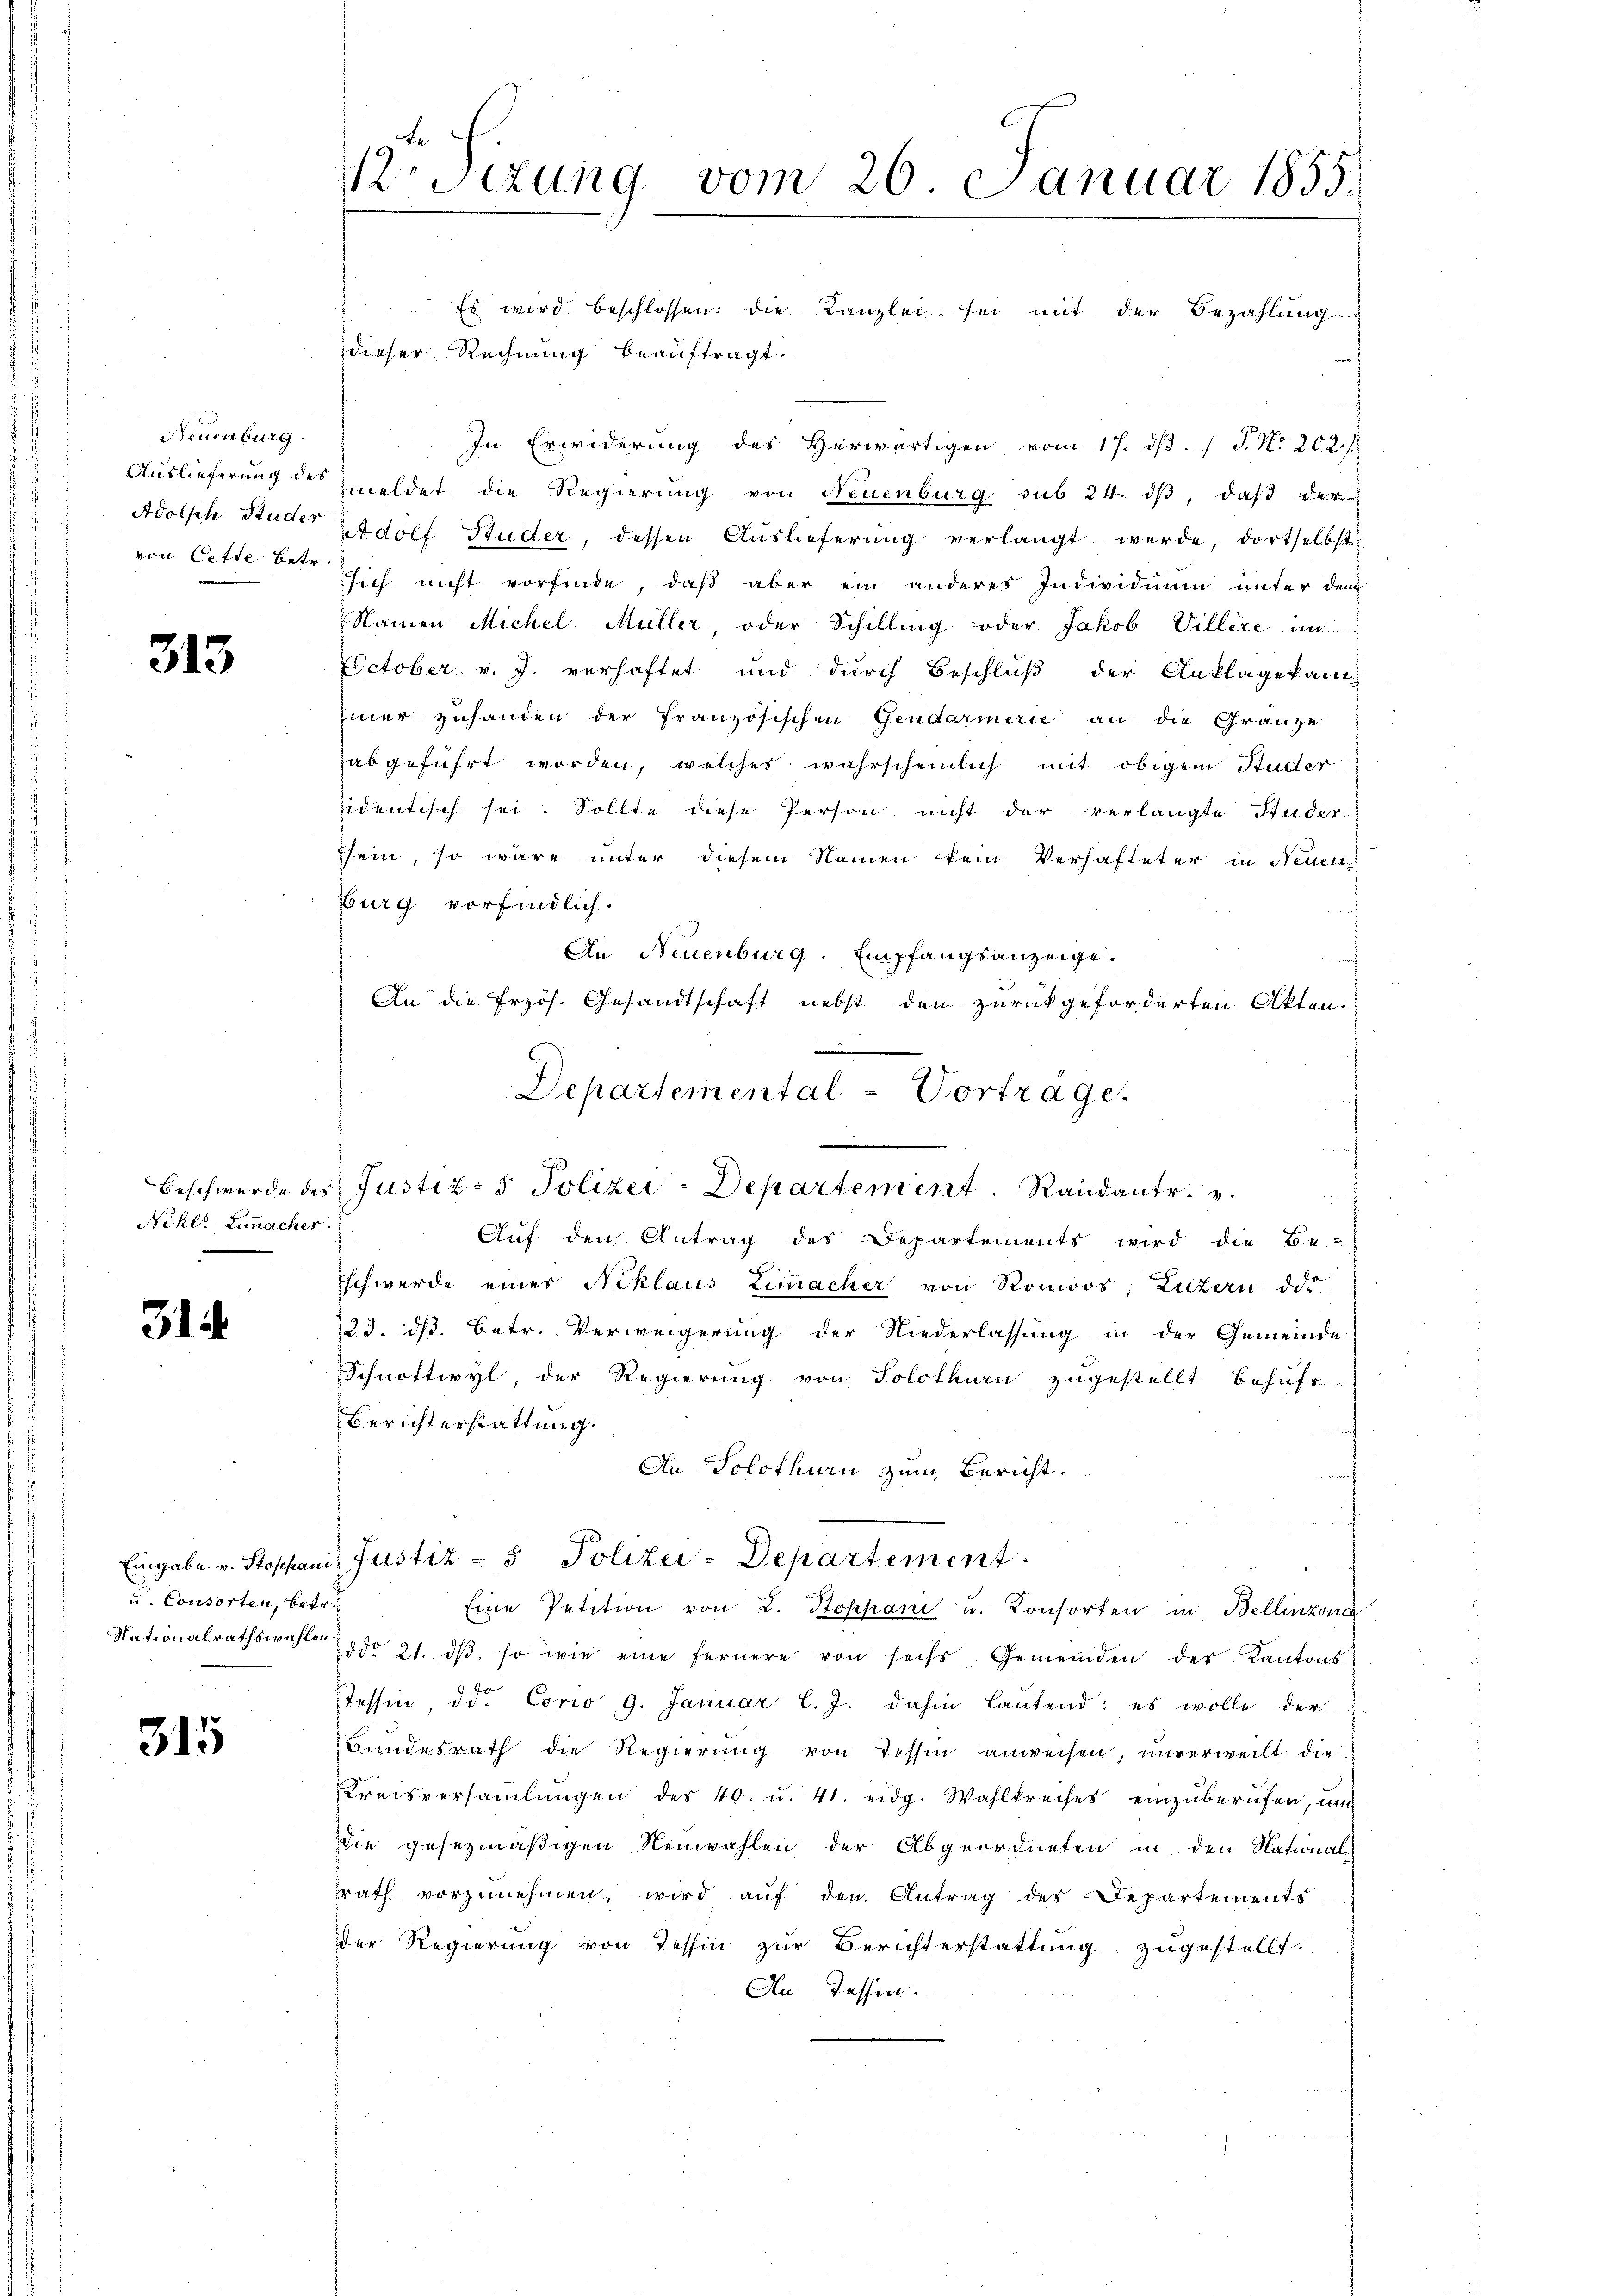
Neuenburg.
Auslieferung des
Adolph Studer
von Cette betr.

313

Beschwerde des
Neher Limacher

31

u. Consorten, betr.

315

12. Sizung vom 26. Januar 1855.

Es wird beschlossen: die Kanzlei sei mit der Bezahlung
dieser Rechnung beauftragt.
In Erwiderung des Herwärtigen vom 17. ds. " J. No 202./
meldet die Regierung von Neuenburg sub 24. ds, daß der
Adolf Studer, dessen Auslieferung verlangt werde, dortselbst
sich nicht vorfinde, daß aber ein anderes Individium unter den
Namen Michel Müller, oder Schilling oder Jakob Villere im
October v. J. verhaftet und durch Beschluß der Anklagekann
mer zuhanden der französischen Gendarmerie an die Gränze
abgeführt worden, welcher wahrscheinlich mit obigem Studer
sidentisch sei. Sollte diese Person nicht der verlangte Studir
sein, so wäre unter diesem Namen kein Verhafteter in Neuen
Burg vorfindlich.
An Neuenburg. Empfangsanzeige.
An die Erzös. Gesandtschaft nebst den zurückgeforderten Akten.
Justiz- & Polizei-Departement. Randantr
Auf den Antrag des Departements wird die Be-
Schwerde eines Niklaus Limacher von Romoos, Luzern dd
23. dß. Betr. Verweigerung der Niederlassung in der Gemeinde
Schnottwyl, der Regierung von Solothurn zugestellt behuft.
Berichterstattung.
An Solothurn zum Bericht.
Eingabe v. Stoppani, Justiz- & Polizei-Departement
Eine Petition von L. Stoppani u. Konsorten in Bellinzona
Nationalrathswahlen do 21. dβ. so wie eine fernere von sechs Gemeinden der Kantons
Tessin, der Eorio 9. Januar l. J. dahin lautend: es wolle der
Bundesrath die Regierŭng von Tessin anweisen, unverweilt die
Kreisversaṁlŭngen des 40. u. 41. eidg. Wahlkreises einzŭberŭfen, und
die gesezmäßigen Neuwahlen der Abgeordneten in den National-
rath vorzŭnehmen, wird aŭf den Antrag des Departements
der Regierung von Tessin zur Berichterstattung zugestellt.
An Tessin.

Departemental - Vortrage.